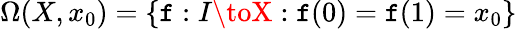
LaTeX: \Omega(X,x_{0})=\{ \mathtt{f}:I\toX:\mathtt{f}(0)=\mathtt{f}(1)=x_{0}\}